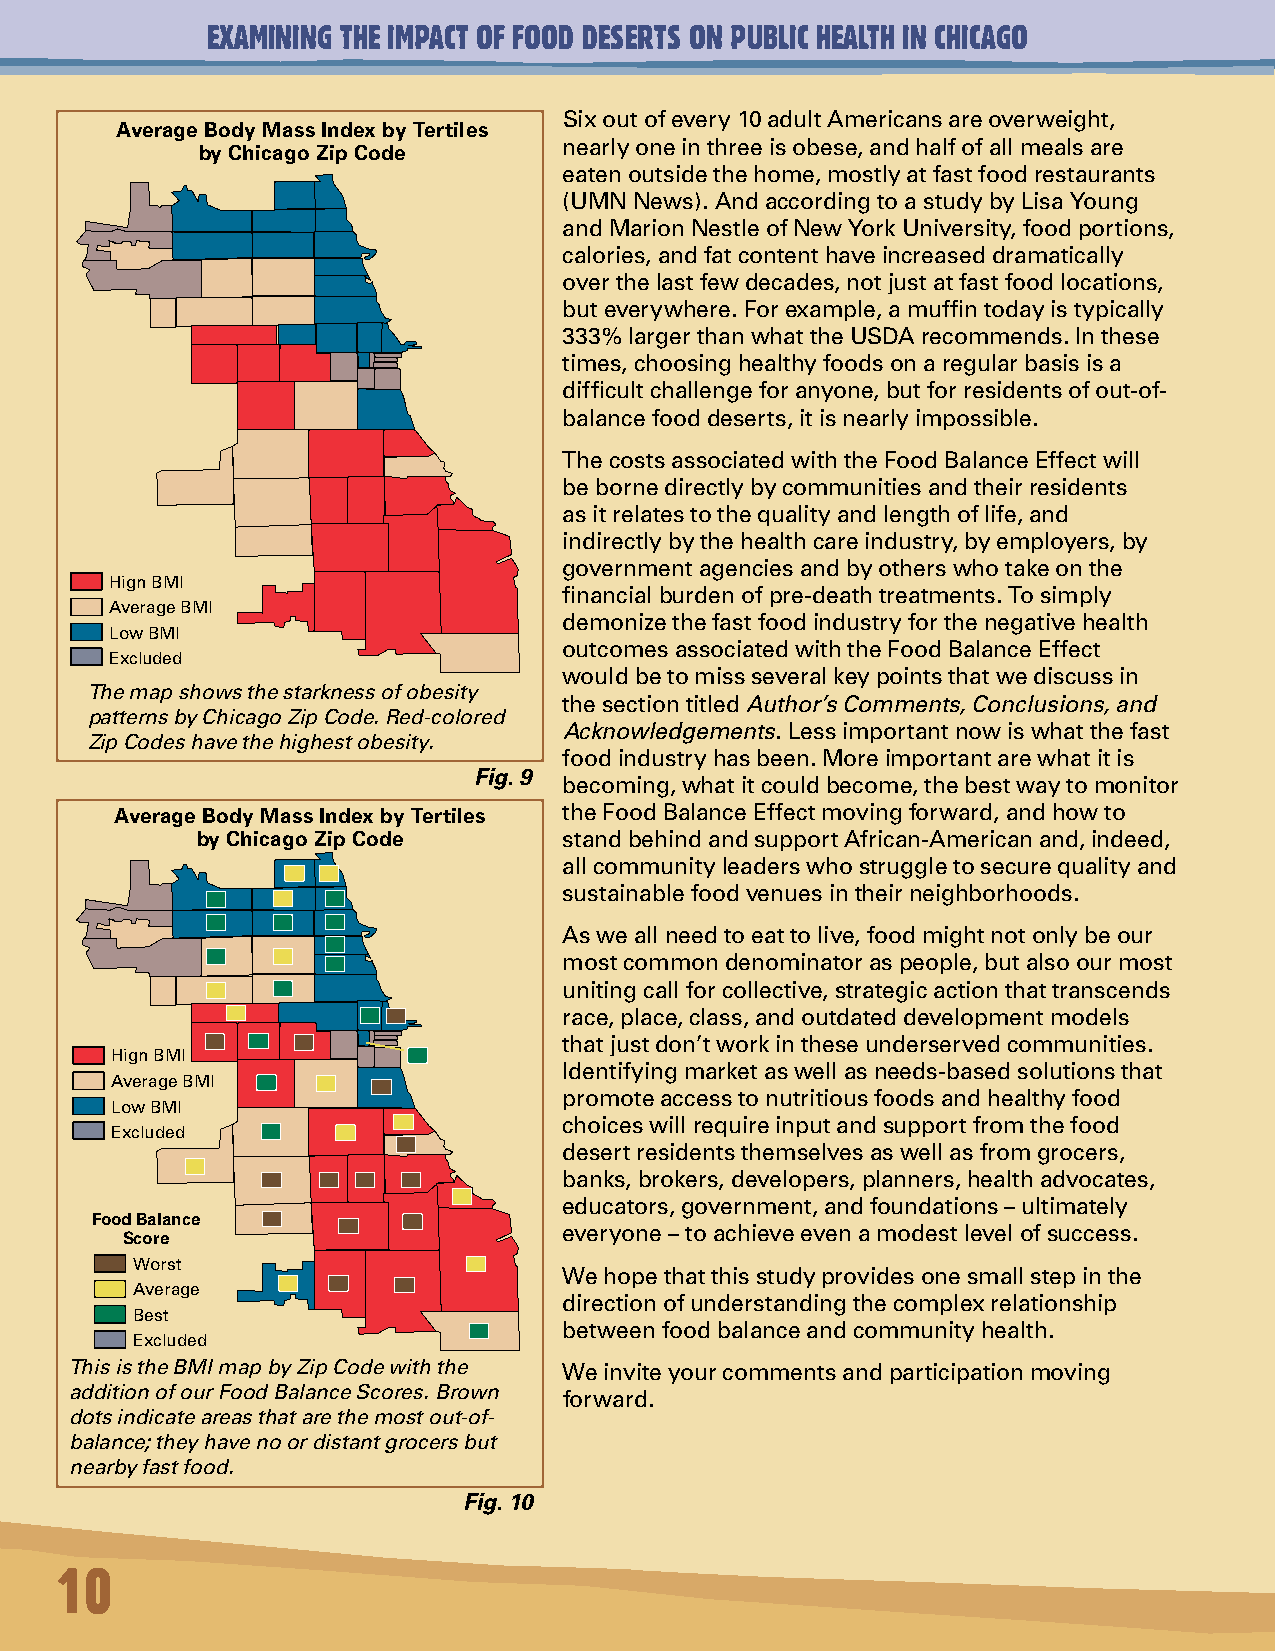
EXAMINING THE IMPACT OF FOOD DESERTS ON PUBLIC HEALTH IN CHICAGO
 Six out of every 10 adult Americans are overweight,
 Average Body Mass Index by Tertiles
 nearly one in three is obese, and half of all meals are
 by Chicago Zip Code
 eaten outside the home, mostly at fast food restaurants
 (UMN News). And according to a study by Lisa Young
 and Marion Nestle of New York University, food portions,
 calories, and fat content have increased dramatically
 over the last few decades, not just at fast food locations,
 but everywhere. For example, a muffin today is typically
 333% larger than what the USDA recommends. In these
 times, choosing healthy foods on a regular basis is a
 difficult challenge for anyone, but for residents of out-of-
 balance food deserts, it is nearly impossible.
 The costs associated with the Food Balance Effect will
 be borne directly by communities and their residents
 as it relates to the quality and length of life, and
 indirectly by the health care industry, by employers, by
 government agencies and by others who take on the
 Hign BMI
 financial burden of pre-death treatments. To simply
 Average BMI
 demonize the fast food industry for the negative health
 Low BMI
 outcomes associated with the Food Balance Effect
 Excluded
 would be to miss several key points that we discuss in
 The map shows the starkness of obesity
 the section titled Author’s Comments, Conclusions, and
 patterns by Chicago Zip Code. Red-colored
 Acknowledgements. Less important now is what the fast
 Zip Codes have the highest obesity.
 food industry has been. More important are what it is
 Fig. 9
 becoming, what it could become, the best way to monitor
 Average Body Mass Index by Tertiles the Food Balance Effect moving forward, and how to
 by Chicago Zip Code     stand behind and support African-American and, indeed,
 all community leaders who struggle to secure quality and
 sustainable food venues in their neighborhoods.
 As we all need to eat to live, food might not only be our
 most common denominator as people, but also our most
 uniting call for collective, strategic action that transcends
 race, place, class, and outdated development models
 that just don’t work in these underserved communities.
 Hign BMI
 Identifying market as well as needs-based solutions that
 Average BMI
 promote access to nutritious foods and healthy food
 Low BMI
 choices will require input and support from the food
 Excluded
 desert residents themselves as well as from grocers,
 banks, brokers, developers, planners, health advocates,
 educators, government, and foundations – ultimately
 Food Balance
 everyone – to achieve even a modest level of success.
 Score
 Worst
 We hope that this study provides one small step in the
 Average
 direction of understanding the complex relationship
 Best
 between food balance and community health.
 Excluded
 This is the BMI map by Zip Code with the We invite your comments and participation moving
 addition of our Food Balance Scores. Brown
 forward.
 dots indicate areas that are the most out-of-
 balance; they have no or distant grocers but
 nearby fast food.
 Fig. 10
 10